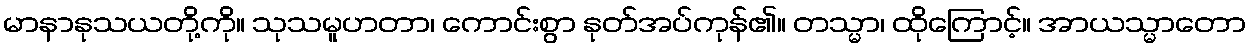
မာနာနုသယတို့ကို။ သုသမူဟတာ၊ ကောင်းစွာ နုတ်အပ်ကုန်၏။ တသ္မာ၊ ထိုကြောင့်။ အာယသ္မာတော